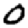
Digit: 0